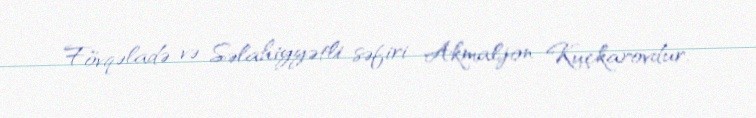
Fövqəladə və Səlahiyyətli səfiri Akmaljon Kuçkarovdur.